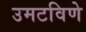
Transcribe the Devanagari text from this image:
उमटविणे